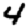
Digit: 4